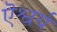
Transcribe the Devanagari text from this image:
ऎश्वर्य